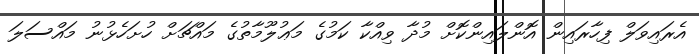
އެރައިވަލް ފިހާރައިން އޮންލައިންކޮށް މުދާ ވިއްކާ ކަމުގެ މަޢުލޫމާތުގެ މައްޗަށް ހުށަހެޅުނު މައްސަލަ